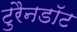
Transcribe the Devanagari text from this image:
टुरैनडॉट